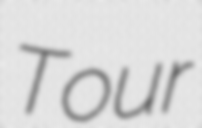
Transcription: Tour